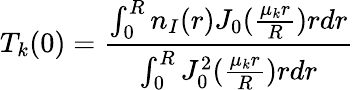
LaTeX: T_{k}(0)=\frac{\int_{0}^{R}n_{I}(r)J_{0}(\frac{\mu_{k}r}{R})rdr}{\int_{0}^{R}J_{0}^{2}(\frac{\mu_{k}r}{R})rdr}